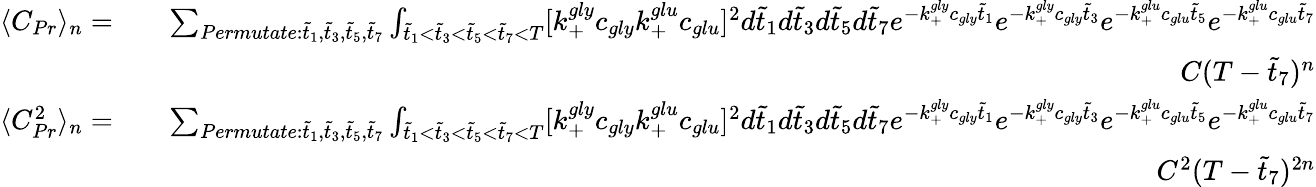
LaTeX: \begin{array}{rlr}{\langle C_{Pr}\rangle_{n}=}&{}&{\sum_{Permutate:\tilde{t}_{1},\tilde{t}_{3},\tilde{t}_{5},\tilde{t}_{7}}\int_{\tilde{t}_{1}<\tilde{t}_{3}<\tilde{t}_{5}<\tilde{t}_{7}<T}[k_{+}^{gly}c_{gly}k_{+}^{glu}c_{glu}]^{2}d\tilde{t}_{1}d\tilde{t}_{3}d\tilde{t}_{5}d\tilde{t}_{7}e^{-k_{+}^{gly}c_{gly}\tilde{t}_{1}}e^{-k_{+}^{gly}c_{gly}\tilde{t}_{3}}e^{-k_{+}^{glu}c_{glu}\tilde{t}_{5}}e^{-k_{+}^{glu}c_{glu}\tilde{t}_{7}}}\\ &{}&{C(T-\tilde{t}_{7})^{n}}\\ {\langle C_{Pr}^{2}\rangle_{n}=}&{}&{\sum_{Permutate:\tilde{t}_{1},\tilde{t}_{3},\tilde{t}_{5},\tilde{t}_{7}}\int_{\tilde{t}_{1}<\tilde{t}_{3}<\tilde{t}_{5}<\tilde{t}_{7}<T}[k_{+}^{gly}c_{gly}k_{+}^{glu}c_{glu}]^{2}d\tilde{t}_{1}d\tilde{t}_{3}d\tilde{t}_{5}d\tilde{t}_{7}e^{-k_{+}^{gly}c_{gly}\tilde{t}_{1}}e^{-k_{+}^{gly}c_{gly}\tilde{t}_{3}}e^{-k_{+}^{glu}c_{glu}\tilde{t}_{5}}e^{-k_{+}^{glu}c_{glu}\tilde{t}_{7}}}\\ &{}&{C^{2}(T-\tilde{t}_{7})^{2n}}\end{array}